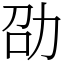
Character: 劭